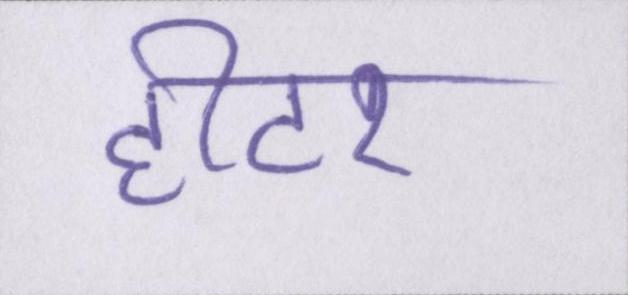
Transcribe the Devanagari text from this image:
हीटर